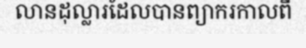
លានដុល្លារដែលបានព្យាករកាលពី